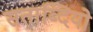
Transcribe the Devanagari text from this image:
सताब्दियो